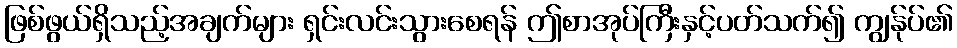
ဖြစ်ဖွယ်ရှိသည့်အချက်များ ရှင်းလင်းသွားစေရန် ဤစာအုပ်ကြီးနှင့်ပတ်သက်၍ ကျွန်ုပ်၏